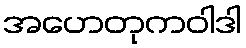
အဟေတုကဝါဒါ